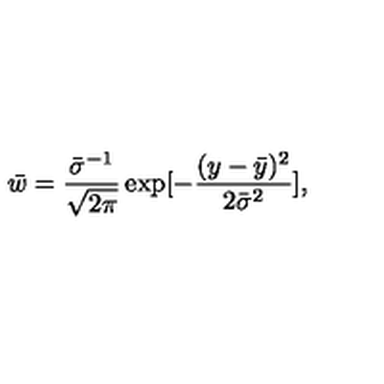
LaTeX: { \bar { w } } = \frac { { \bar { \sigma } ^ { - 1 } } } { \sqrt { 2 \pi } } \exp [ - \frac { ( y - { \bar { y } } ) ^ { 2 } } { 2 { \bar { \sigma } } ^ { 2 } } ] ,